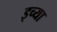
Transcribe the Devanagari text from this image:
इच्या